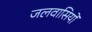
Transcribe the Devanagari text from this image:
जलवासियों